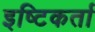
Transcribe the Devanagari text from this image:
इष्टिकर्ता